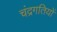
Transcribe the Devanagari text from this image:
चंद्रगतियों